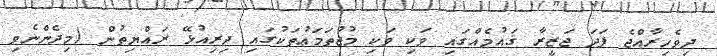
ދިވެހިރާއްޖެ ފަދަ ޖަޒީރާ ޤައުމެއްގައި ވަކި ވަކި މުޖުތަމަޢުތަކުގައި ދިރިއުޅޭ ރައްޔިތުން (މިދެންނެވި